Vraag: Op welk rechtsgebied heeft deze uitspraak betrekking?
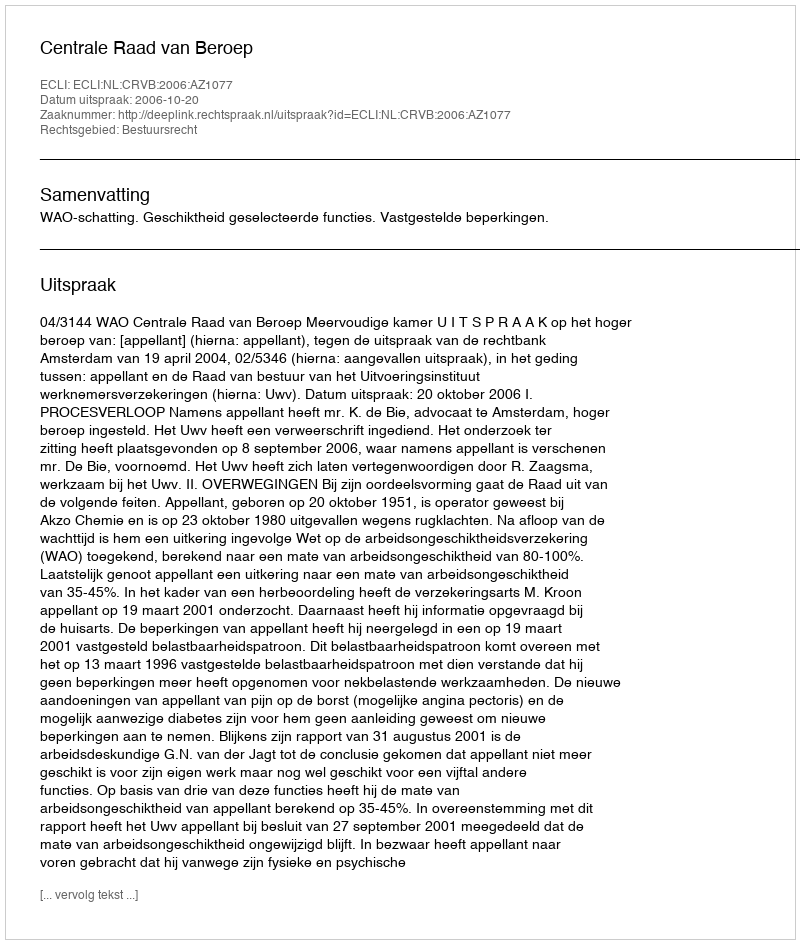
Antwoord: Bestuursrecht